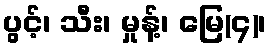
ပွင့်၊ သီး၊ မှုန့်၊ မြေ(၄)၊